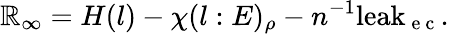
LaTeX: \mathbb{R}_{\infty}=H(l)-\chi(l:E)_{\rho}-n^{-1}\mathrm{{leak}}_{\mathrm{{~e~c~}}}.